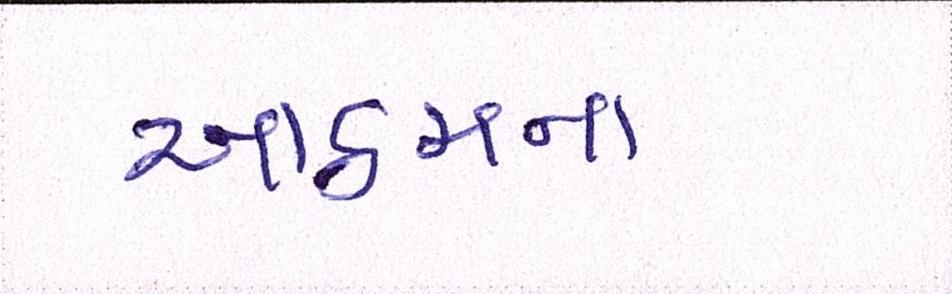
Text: આઠમના